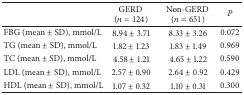
|  | GERD (n = 124) | Non-GERD (n = 651) | P |
 | --- | --- | --- | --- |
 | FBG (mean ± SD), mmol/L | 8.94 ± 3.71 | 8.33 ± 3.26 | 0.072 |
 | TG (mean ± SD), mmol/L | 1.82 ± 1.23 | 1.83 ± 1.49 | 0.969 |
 | TC (mean ± SD), mmol/L | 4.58 ± 1.21 | 4.65 ± 1.22 | 0.590 |
 | LDL (mean ± SD), mmol/L | 2.57 ± 0.90 | 2.64 ± 0.92 | 0.429 |
 | HDL (mean ± SD), mmol/L | 1.07 ± 0.32 | 1.10 ± 0.31 | 0.300 |